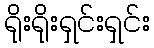
ရိုးရိုးရှင်းရှင်း